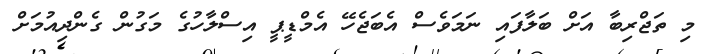
މި ތަޖްރިބާ އަށް ބަލާފައި ނަމަވެސް އެބަޖެހޭ އެމްޑީޕީ އިސްލާހުގެ މަގުން ގެންދިއުމަށް